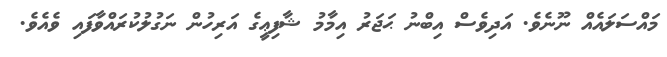
މައްސަލައެއް ނޫނެވެ. އަދިވެސް އިބްނު ޙަޖަރު އިމާމު ޝާފިޢީގެ އަރިހުން ނަގުލުކުރައްވާފައި ވެއެވެ.